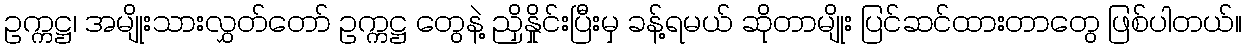
ဥက္ကဋ္ဌ၊ အမျိုးသားလွှတ်တော် ဥက္ကဋ္ဌ တွေနဲ့ ညှိနှိုင်းပြီးမှ ခန့်ရမယ် ဆိုတာမျိုး ပြင်ဆင်ထားတာတွေ ဖြစ်ပါတယ်။